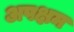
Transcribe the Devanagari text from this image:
अपक्षम